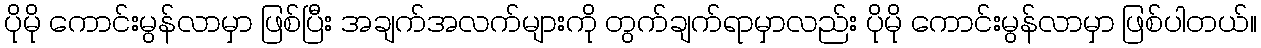
ပိုမို ကောင်းမွန်လာမှာ ဖြစ်ပြီး အချက်အလက်များကို တွက်ချက်ရာမှာလည်း ပိုမို ကောင်းမွန်လာမှာ ဖြစ်ပါတယ်။